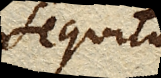
sequitur